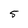
Character: 5